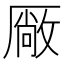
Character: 厰